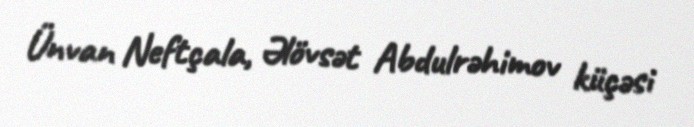
Ünvan Neftçala, Əlövsət Abdulrəhimov küçəsi